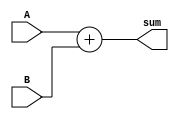
module adder_4bit(
    input [3:0] A,
    input [3:0] B,
    output [4:0] sum
);

assign sum = {1'b0, A} + {1'b0, B};

endmodule